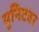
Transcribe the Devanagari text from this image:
युनिटवर